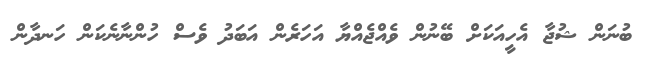
ބުނަން ޝުޖާ އެހީއަކަށް ބޭނުން ވެއްޖެއްޔާ އަހަރެން އަބަދު ވެސް ހުންނާނެކަން ހަނދާން